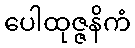
ပေါထုဇ္ဇနိကံ